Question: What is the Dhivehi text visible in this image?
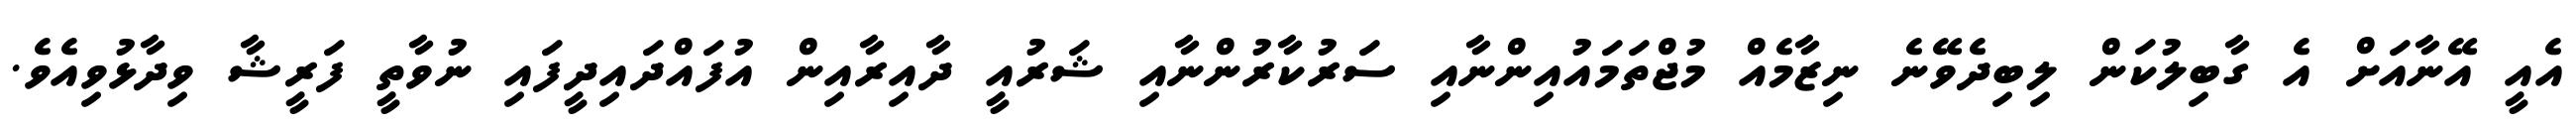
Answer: އެއީ އޭނާއަށް އެ ގާބިލުކަން ލިބިދެވޭނެ ނިޒާމެއް މުޖްތަމައުއިންނާއި ސަރުކާރުންނާއި ޝަރުއީ ދާއިރާއިން އުފައްދައިދީފައި ނުވާތީ ފަރީޝާ ވިދާޅުވިއެވެ.